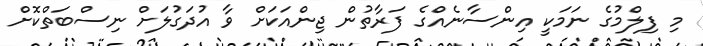
މި ފިލްމުގެ ނަމަކީ އިންސާނެއްގެ ފަރާތުން ޖިންއަކަށް ވާ އުދަގުލަށް ނިސްބަތްކޮށް